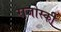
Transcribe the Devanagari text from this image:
राजोस्की